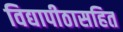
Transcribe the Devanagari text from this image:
विद्यापीठासहित